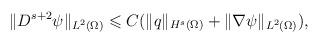
LaTeX: \begin{align*}\begin{aligned}\|D^{s+2}\psi\|_{L^2(\Omega)} \leqslant C ( \|q\|_{H^{s}(\Omega)} + \|\nabla \psi\|_{L^2(\Omega)}),\end{aligned}\end{align*}